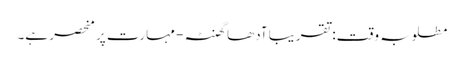
مطلوبہ وقت: تقریبا آدھا گھنٹہ - مہارت پر منحصر ہے۔